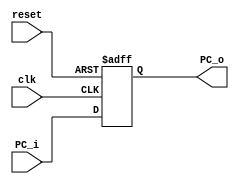
module PC(clk, reset, PC_i, PC_o);
	input clk;
	input reset;
	input [31:0] PC_i;
	output reg [31:0] PC_o;
	
	always@(posedge clk or negedge reset)
		begin
		if(!reset)
			begin
			PC_o <= 32'h0000_3000;
			end
		else
			begin
			PC_o <= PC_i;
			end
		end
endmodule